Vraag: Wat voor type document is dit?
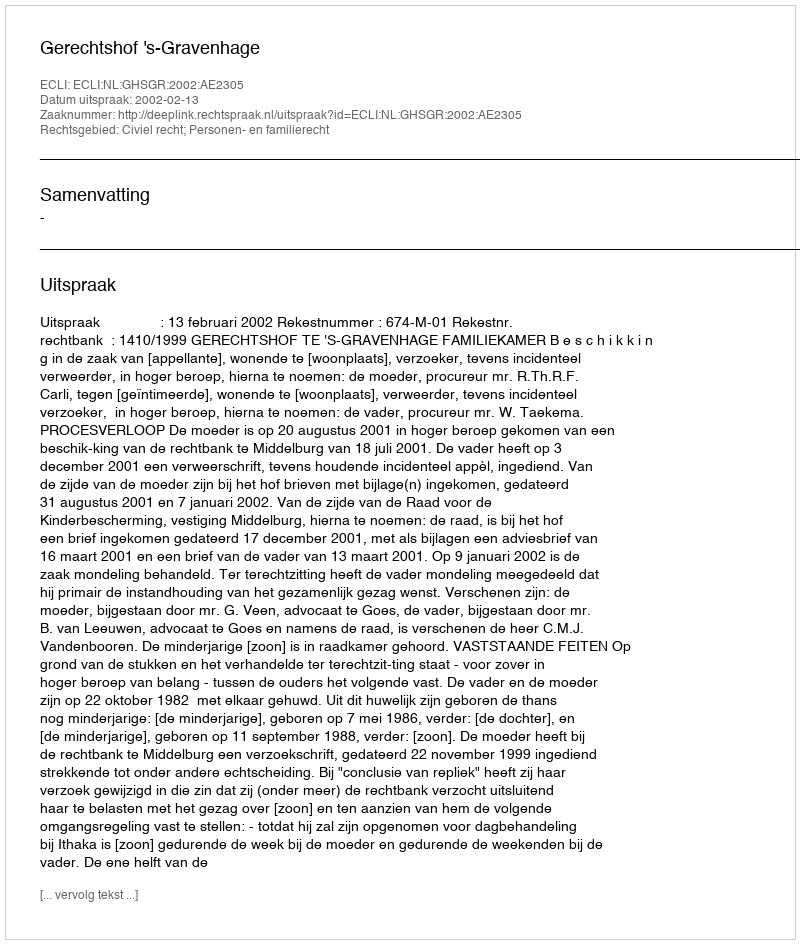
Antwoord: Uitspraak